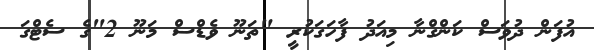
އުފަން ދުވަސް ކަންގްނާ މިއަދު ފާހަގަކުރީ "ތަނޫ ވެޑްސް މަނޫ 2"ގެ ސެޓްގަ